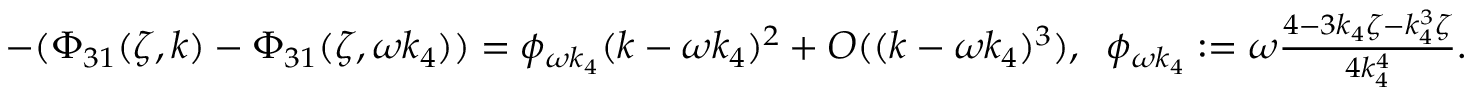
\begin{array} { r l } & { - ( \Phi _ { 3 1 } ( \zeta , k ) - \Phi _ { 3 1 } ( \zeta , \omega k _ { 4 } ) ) = \phi _ { \omega k _ { 4 } } ( k - \omega k _ { 4 } ) ^ { 2 } + O ( ( k - \omega k _ { 4 } ) ^ { 3 } ) , \; \; \phi _ { \omega k _ { 4 } } : = \omega \frac { 4 - 3 k _ { 4 } \zeta - k _ { 4 } ^ { 3 } \zeta } { 4 k _ { 4 } ^ { 4 } } . } \end{array}